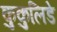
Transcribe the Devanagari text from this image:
कुकुलिडे